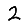
Digit: 2